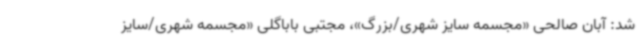
شد: آبان صالحی «مجسمه سایز شهری/بزرگ»، مجتبی باباگلی «مجسمه شهری/سایز